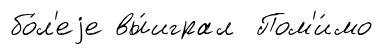
бо́л'еjе вы́играл Пом'и́мо